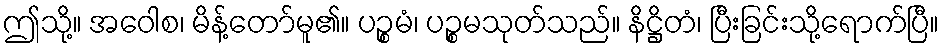
ဤသို့။ အဝေါစ၊ မိန့်တော်မူ၏။ ပဉ္စမံ၊ ပဉ္စမသုတ်သည်။ နိဋ္ဌိတံ၊ ပြီးခြင်းသို့ရောက်ပြီ။